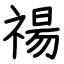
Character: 禓